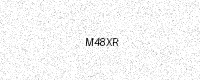
Text: M48XR